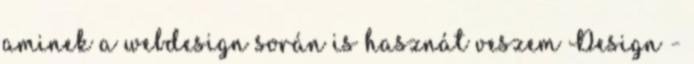
aminek a webdesign során is hasznát veszem Design -